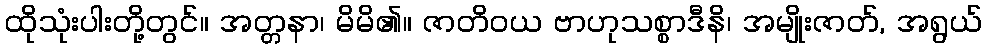
ထိုသုံးပါးတို့တွင်။ အတ္တနာ၊ မိမိ၏။ ဇာတိဝယ ဗာဟုသစ္စာဒီနိ၊ အမျိုးဇာတ်, အရွယ်